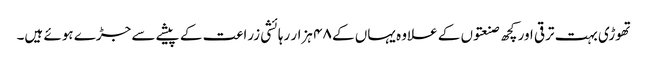
تھوڑی بہت ترقی اور کچھ صنعتوں کے علاوہ یہاں کے ۴۸ ہزار رہائشی زراعت کے پیشے سے جڑے ہوئے ہیں۔